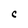
Character: C